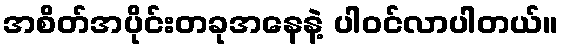
အစိတ်အပိုင်းတခုအနေနဲ့ ပါဝင်လာပါတယ်။